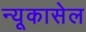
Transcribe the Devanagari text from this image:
न्यूकासेल